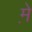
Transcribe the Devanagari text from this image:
म़े